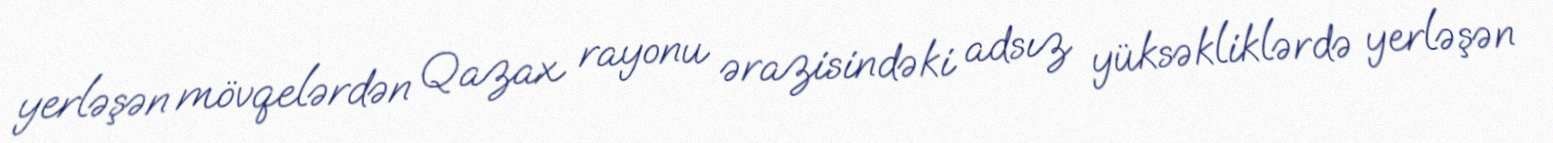
yerləşən mövqelərdən Qazax rayonu ərazisindəki adsız yüksəkliklərdə yerləşən